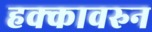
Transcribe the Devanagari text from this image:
हक्कावरुन